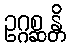
ဥဂ္ဂစ္ဆန္တိ